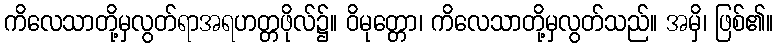
ကိလေသာတို့မှလွတ်ရာအရဟတ္တဖိုလ်၌။ ဝိမုတ္တော၊ ကိလေသာတို့မှလွတ်သည်။ အမှိ၊ ဖြစ်၏။